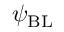
\psi _ { \mathrm { { B L } } }